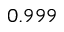
0 . 9 9 9